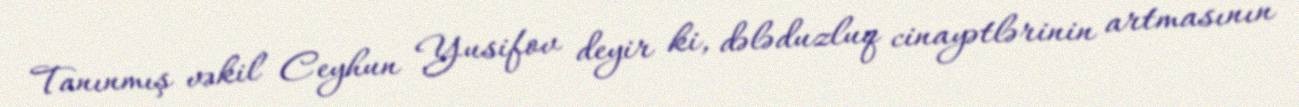
Tanınmış vəkil Ceyhun Yusifov deyir ki, dələduzluq cinayətlərinin artmasının